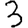
Digit: 3